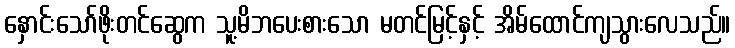
နှောင်းသော်ဖိုးတင်ဆွေက သူ့မိဘပေးစားသော မတင်မြင့်နှင့် အိမ်ထောင်ကျသွားလေသည်။